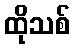
ထိုသစ်